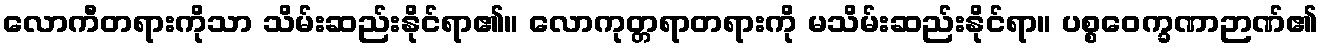
လောကီတရားကိုသာ သိမ်းဆည်းနိုင်ရာ၏။ လောကုတ္တရာတရားကို မသိမ်းဆည်းနိုင်ရာ။ ပစ္စဝေက္ခဏာဉာဏ်၏